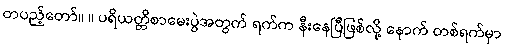
တပည့်တော်။ ။ ပရိယတ္တိစာမေးပွဲအတွက် ရက်က နီးနေပြီဖြစ်လို့ နောက် တစ်ရက်မှာ